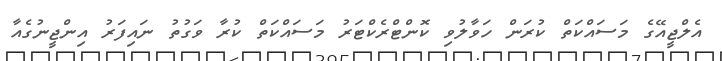
އެލްޖީއޭގެ މަސައްކަތް ކުރަން ހަވާލުވި ކޮންޓްރެކްޓަރު މަސައްކަތް ކުރާ ވަގުތު ނައިފަރު އިންޖީނުގެއާ